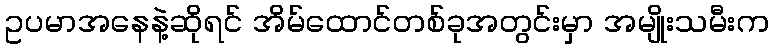
ဥပမာအနေနဲ့ဆိုရင် အိမ်ထောင်တစ်ခုအတွင်းမှာ အမျိုးသမီးက